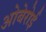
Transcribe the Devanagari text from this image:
ओबेरोई